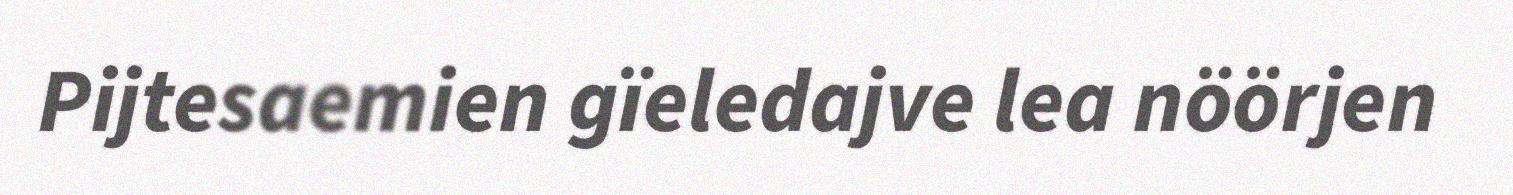
Pijtesaemien gïeledajve lea nöörjen